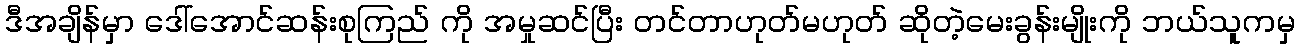
ဒီအချိန်မှာ ဒေါ်အောင်ဆန်းစုကြည် ကို အမှုဆင်ပြီး တင်တာဟုတ်မဟုတ် ဆိုတဲ့မေးခွန်းမျိုးကို ဘယ်သူကမှ